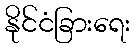
နိုင်ငံခြားရေး